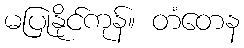
မပြုနိုင်ကုန်။ တံတေန